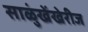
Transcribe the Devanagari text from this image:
साळुंखेंखेरीज